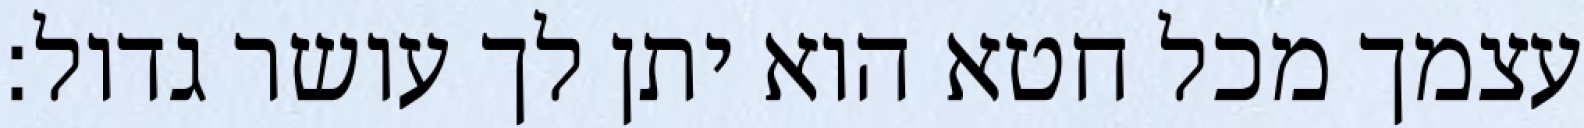
עצמך מכל חטא הוא יתן לך עושר גדול: